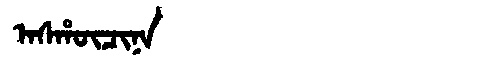
Manchu: ᠠᠰᡥᡡᠴᡳᠨᠠ
Romanization: ASHŪCINA